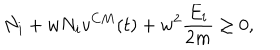
N _ { i } + w N _ { i } v ^ { C M } ( t ) + w ^ { 2 } \frac { E _ { i } } { 2 m } \ge 0 ,